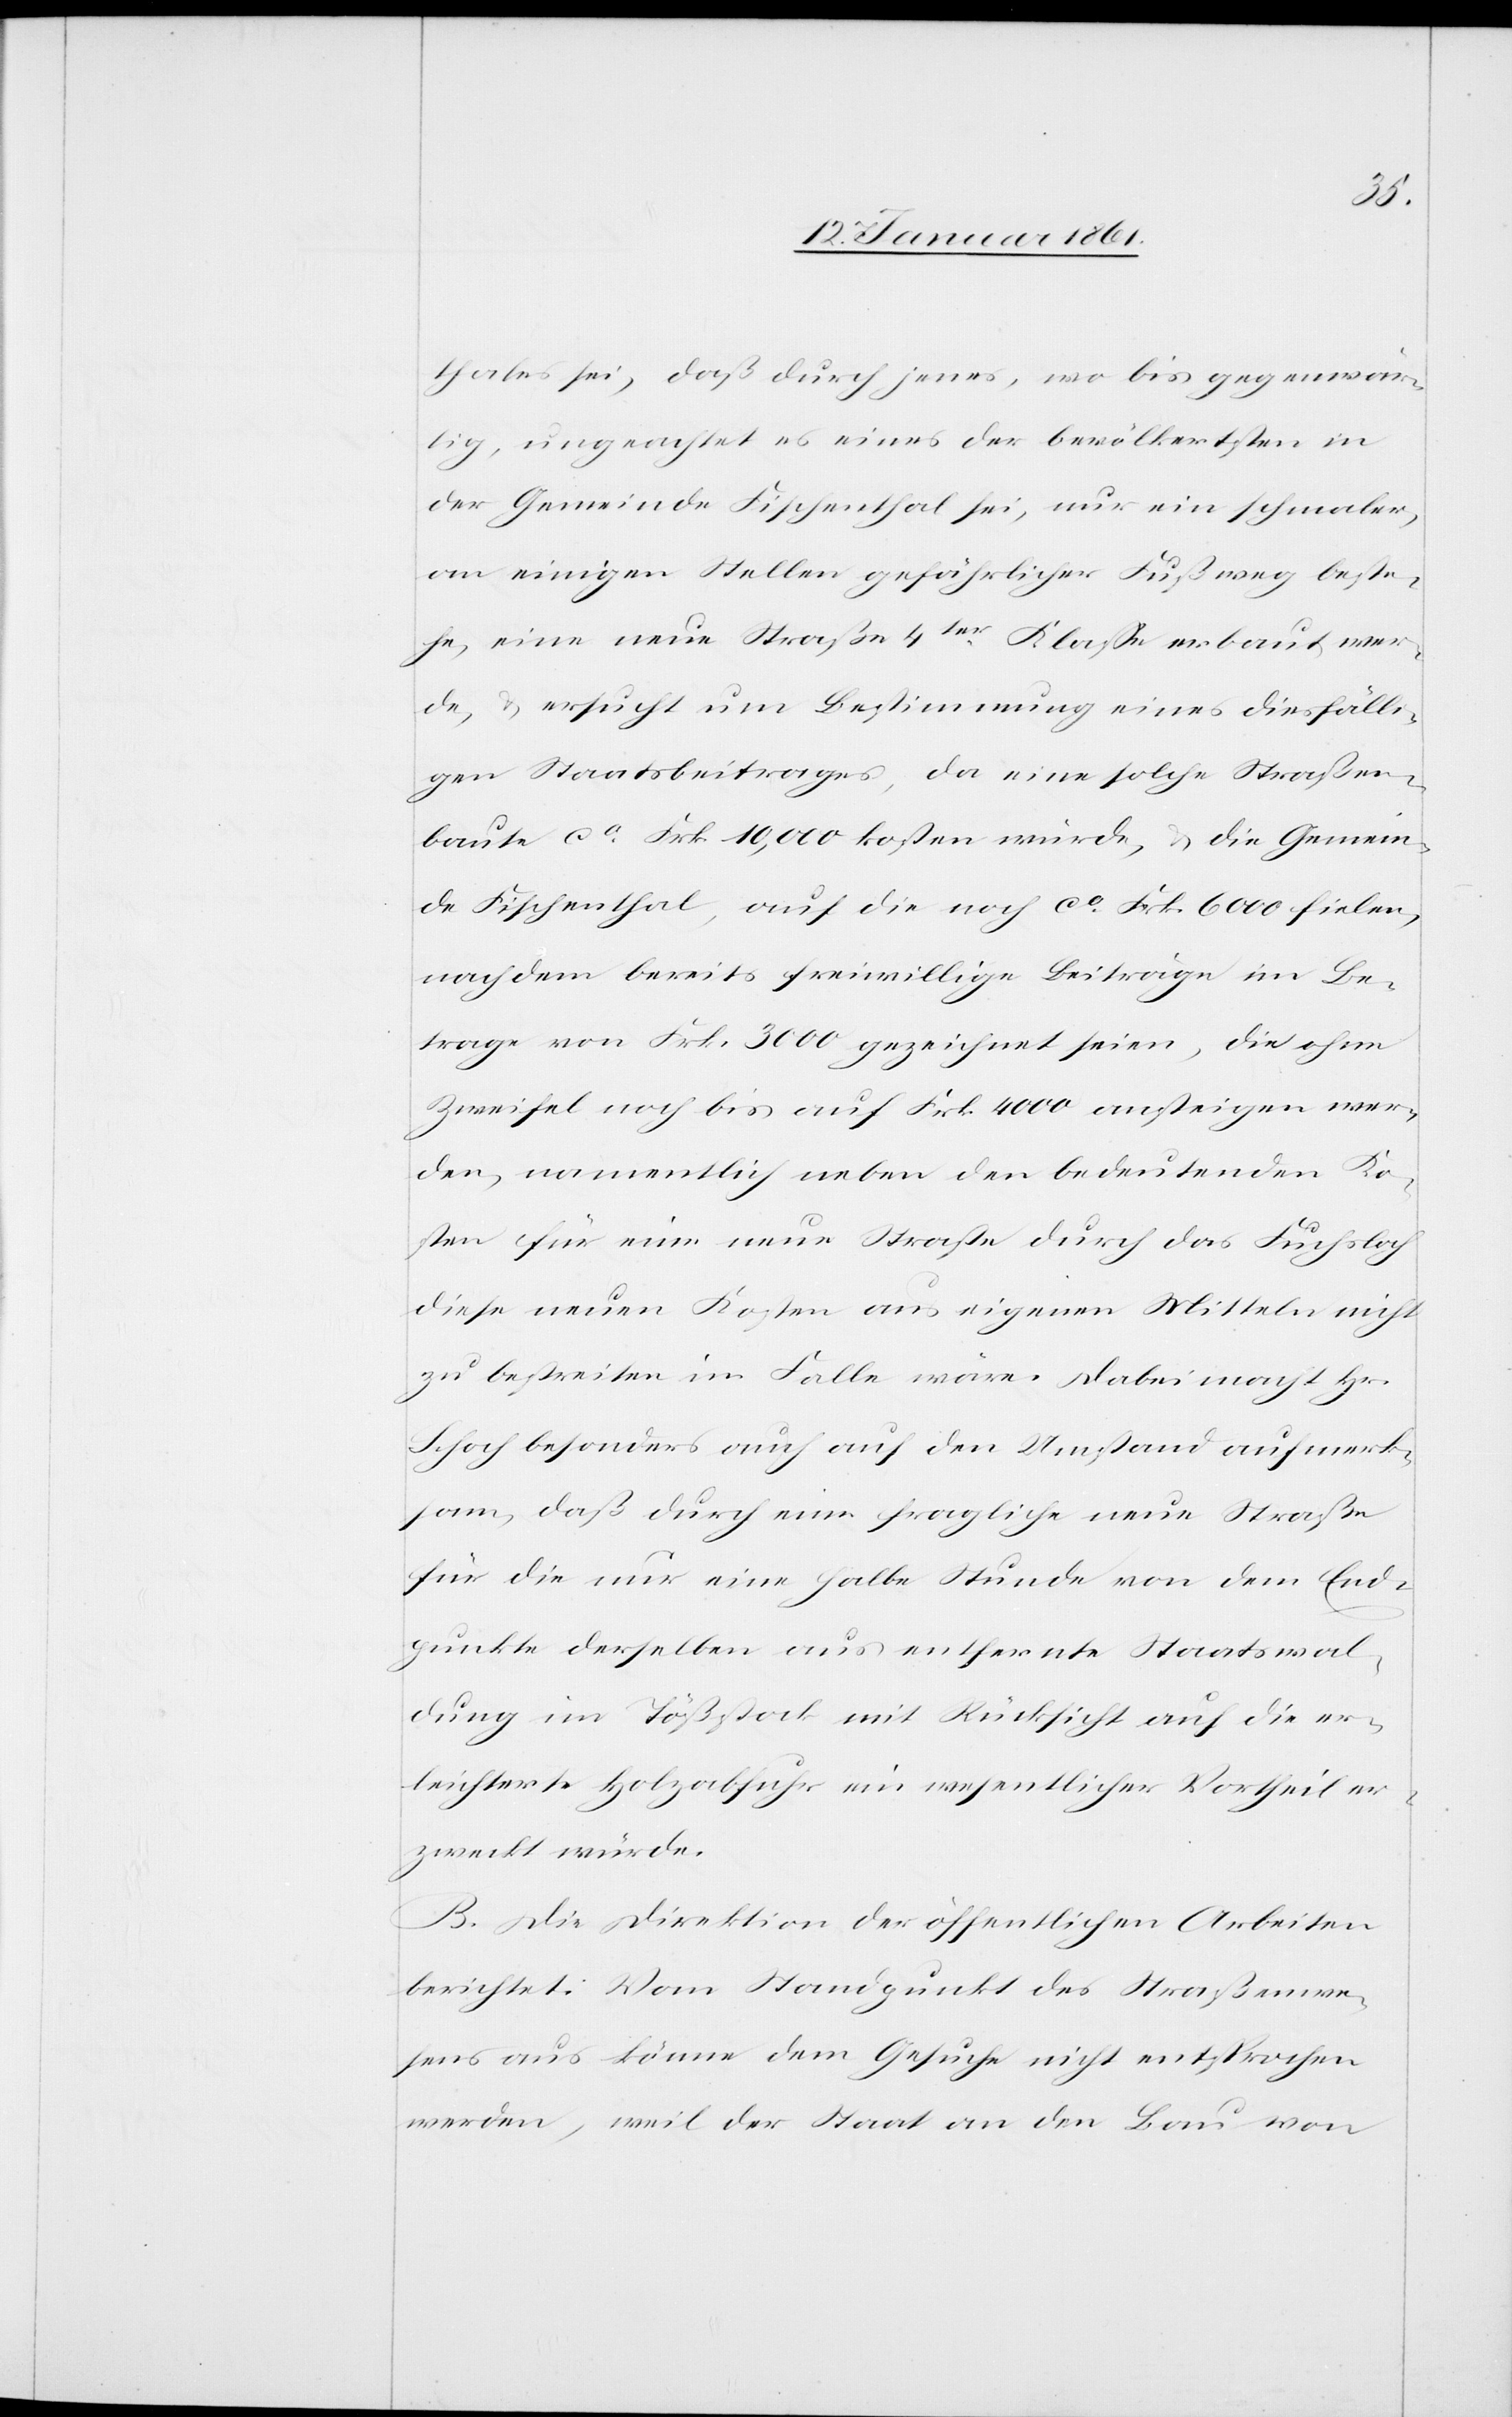
thales sei, daß durch jenes, wo bis gegenwär¬
tig, ungeachtet ob eines der bevölkertsten in
der Gemeinde Fischenthal sei, nur ein schmaler,
an einigen Stellen gefährlicher Fußweg beste¬
he, eine neue Straße 4ter Klasse erbaut wer¬
de, u. ersucht um Bestimmung eines diesfälli¬
gen Staatsbeitrages, da eine solche Straßen¬
baute ca Frk. 10,000 kosten würde, u. die Gemein¬
de Fischenthal, auf die noch ca Frk. 6000 fielen,
nachdem bereits freiwillige Beiträge im Be¬
trage von Frk. 3000 gezeichnet seien, die ohne
Zweifel noch bis auf Frk. 4000 ansteigen wer¬
den, namentlich neben den bedeutenden Ko¬
sten für eine neue Strasse durch das Fuchsloch
diese neuen Kosten aus eigenen Mitteln nicht
zu bestreiten im Falle wäre. Dabei macht Hr.
Schoch besonders auch auf den Umstand aufmerk¬
sam, daß durch eine fragliche neue Straße
für die nur eine halbe Stunde von dem End¬
punkte derselben aus entfernte Staatswal¬
dung im Tößthal mit Rücksicht auf die er¬
leichterte Holzabfuhr ein wesentlicher Vortheil er¬
zweckt würde.
B. Die Direktion der öffentlichen Arbeiten
berichtet: Vom Standpunkt des Straßenwe¬
sens aus könne dem Gesuche nicht entsprochen
werden, weil der Staat an den Bau von